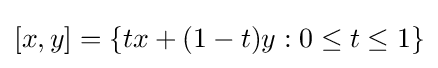
[x,y]=\{tx+(1-t)y:0\leq t\leq 1\}